Annual report on the mental hospital in the Central Provinces and Berar (Nagpur) - 1927-1951
Year: 1927
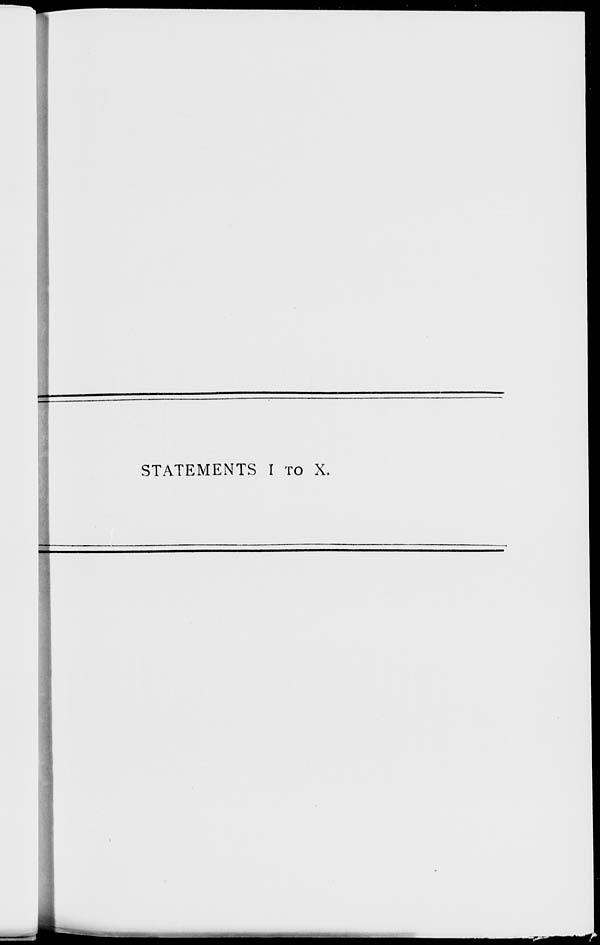
STATEMENTS I TO X.